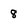
Character: 8